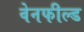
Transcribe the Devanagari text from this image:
वेनफील्ड